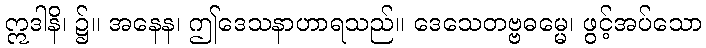
ဣဒါနိ၊ ၌။ အနေန၊ ဤဒေသနာဟာရသည်။ ဒေသေတဗ္ဗဓမ္မေ၊ ဖွင့်အပ်သော